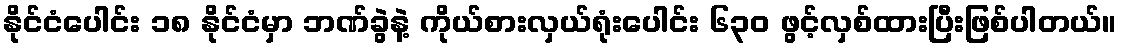
နိုင်ငံပေါင်း ၁၈ နိုင်ငံမှာ ဘဏ်ခွဲနဲ့ ကိုယ်စားလှယ်ရုံးပေါင်း ၆၃၀ ဖွင့်လှစ်ထားပြီးဖြစ်ပါတယ်။